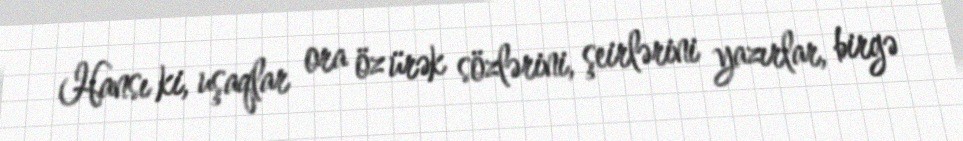
Hansı ki, uşaqlar ora öz ürək sözlərini, şeirlərini yazırlar, birgə